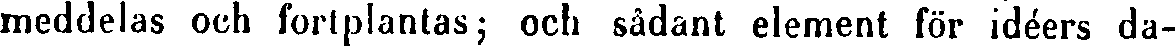
meddelas och fortplantas; och sådant element för idéers da-